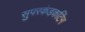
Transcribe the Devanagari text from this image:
सुपरकंडकटिंग